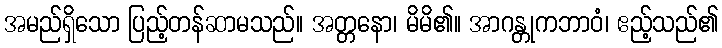
အမည်ရှိသော ပြည့်တန်ဆာမသည်။ အတ္တနော၊ မိမိ၏။ အာဂန္တုကဘာဝံ၊ ဧည့်သည်၏